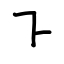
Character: ㇅